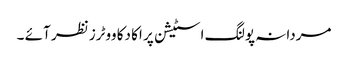
مردانہ پولنگ اسٹیشن پر اکا دکا ووٹرز نظر آئے ۔